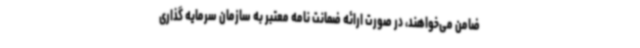
ضامن می‌خواهند، در صورت ارائه ضمانت نامه معتبر به سازمان سرمایه گذاری